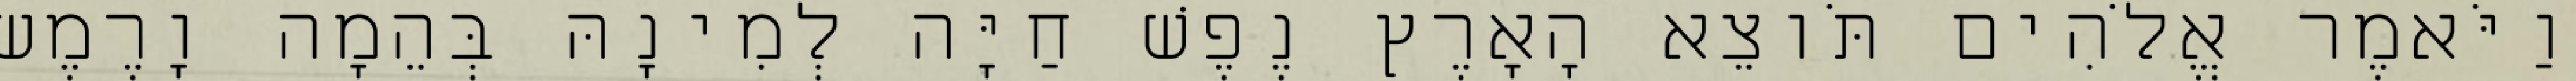
וַיֹּאמֶר אֱלֹהִים תֹּוצֵא הָאָרֶץ נֶפֶשׁ חַיָּה לְמִינָהּ בְּהֵמָה וָרֶמֶשׂ